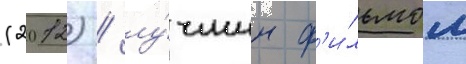
(2012) / лу́чшим ф'и́льмом